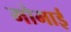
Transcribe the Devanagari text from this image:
मोमाई